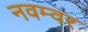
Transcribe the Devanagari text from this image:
नवम्‍वर